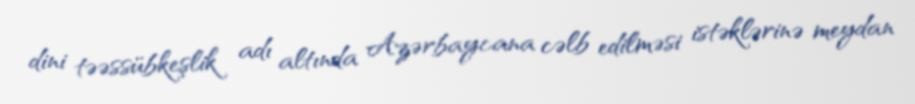
dini təəssübkeşlik adı altında Azərbaycana cəlb edilməsi istəklərinə meydan